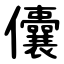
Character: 儾